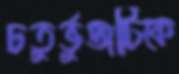
চতুর্ভুজটিকে